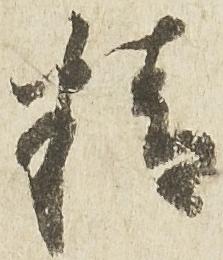
精